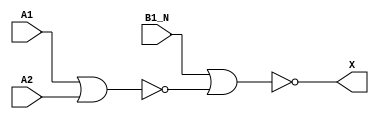
module sky130_fd_sc_hd__o21ba (
    X   ,
    A1  ,
    A2  ,
    B1_N
);

    // Module ports
    output X   ;
    input  A1  ;
    input  A2  ;
    input  B1_N;

    // Module supplies
    supply1 VPWR;
    supply0 VGND;
    supply1 VPB ;
    supply0 VNB ;

    // Local signals
    wire nor0_out  ;
    wire nor1_out_X;

    //  Name  Output      Other arguments
    nor nor0 (nor0_out  , A1, A2         );
    nor nor1 (nor1_out_X, B1_N, nor0_out );
    buf buf0 (X         , nor1_out_X     );

endmodule